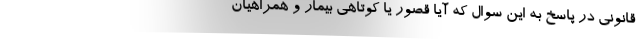
قانونی در پاسخ به این سوال که آیا قصور یا کوتاهی بیمار و همراهیان